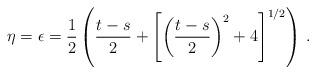
LaTeX: \begin{align*}\eta=\epsilon=\frac12\left(\frac{t-s}{2}+\left[\left(\frac{t-s}{2}\right)^2 +4\right]^{1/2}\right)\,.\end{align*}